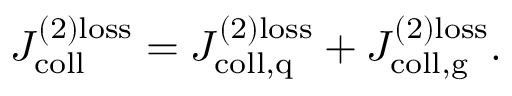
J _ { \mathrm { c o l l } } ^ { ( 2 ) { \mathrm { l o s s } } } = J _ { \mathrm { c o l l , q } } ^ { ( 2 ) { \mathrm { l o s s } } } + J _ { \mathrm { c o l l , g } } ^ { ( 2 ) { \mathrm { l o s s } } } .